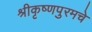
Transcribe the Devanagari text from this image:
श्रीकृष्णपुरमचे